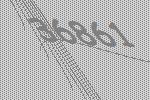
36861